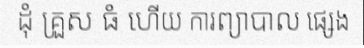
ដុំ គ្រួស ធំ ហើយ ការព្យាបាល ផ្សេង